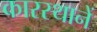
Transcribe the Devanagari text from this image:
कारस्थानें